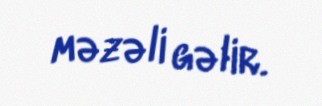
məzəli gəlir.